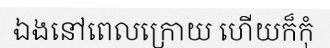
ឯងនៅពេលក្រោយ ហើយក៏កុំ